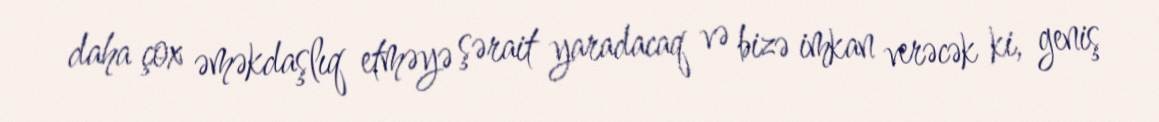
daha çox əməkdaşlıq etməyə şərait yaradacaq və bizə imkan verəcək ki, geniş